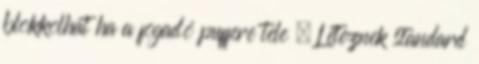
blokkolhat ha a fogadó puffere tele – Léteznek standard